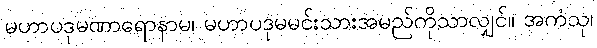
မဟာပဒုမဏာရောနာမ၊ မဟာပဒုမမင်းသားအမည်ကိုသာလျှင်။ အကံသု၊